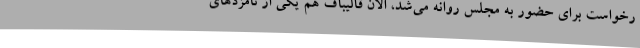
رخواست برای حضور به مجلس روانه می‌شد، الان قالیباف هم یکی از نامزدهای